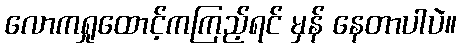
လောကရှုထောင့်ကကြည့်ရင် မှန် နေတာပါပဲ။